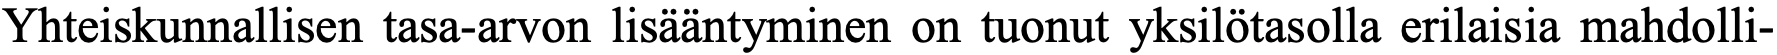
Yhteiskunnallisen tasa-arvon lisääntyminen on tuonut yksilötasolla erilaisia mahdolli-